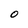
Character: 0